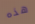
هذه